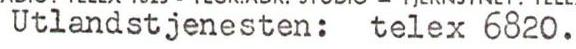
Utlandstjenesten: telex 6820.